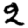
Digit: 2